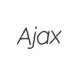
Ajax